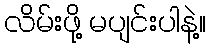
လိမ်းဖို့ မပျင်းပါနဲ့။